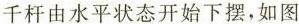
千杆由水平状态开始下摆，如图